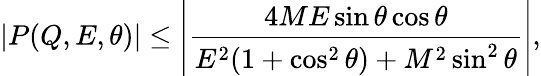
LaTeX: |P(Q,E,\theta)|\leq\left|\frac{4ME\sin\theta\cos\theta}{E^{2}(1+\cos^{2}\theta)+M^{2}\sin^{2}\theta}\right|,